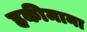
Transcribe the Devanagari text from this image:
हकीमाना